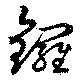
鑼